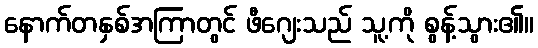
နောက်တနှစ်အကြာတွင် ဖီဂျေးသည် သူ့ကို စွန့်သွား၏။